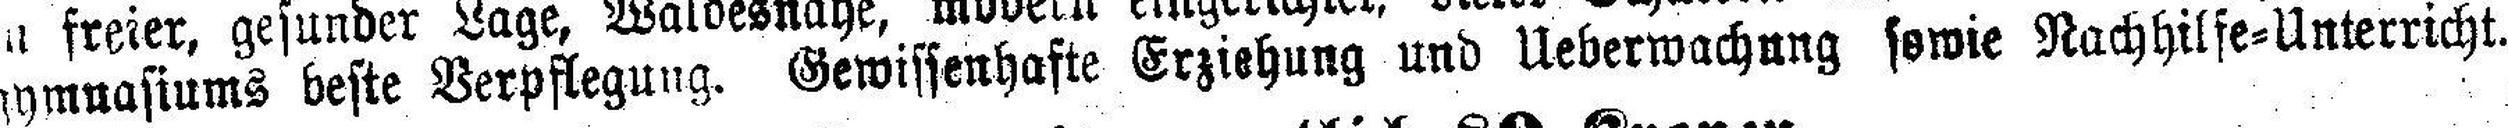
gymnasiums beste Verpflegung. Gewissenhafte Erziehung und Ueberwachung sowie Nachhilfe=Unterricht.